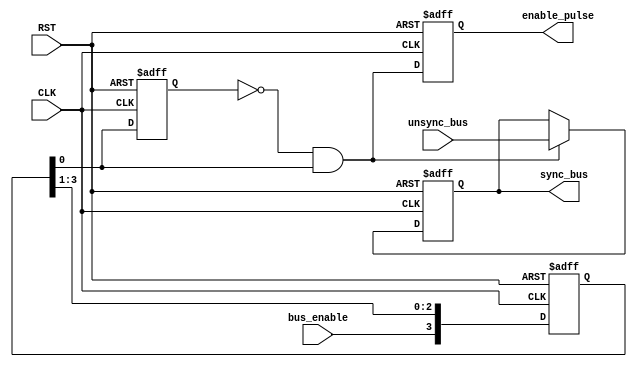

/////////////////////////////////////////////////////////////
///////////////////////// DATA_SYNC /////////////////////////
/////////////////////////////////////////////////////////////

module DATA_SYNC 
#(parameter BUS_WIDTH = 8, NUM_STAGES = 4) 
 (unsync_bus, bus_enable, CLK, RST, sync_bus, enable_pulse);
input  [BUS_WIDTH-1:0]  unsync_bus;
input                   bus_enable;
input                   CLK;
input                   RST;
output [BUS_WIDTH-1:0]  sync_bus;
output                  enable_pulse;

reg  [BUS_WIDTH-1:0] sync_bus;
reg                  enable_pulse;
reg [NUM_STAGES-1:0] Multi_ff;
reg                  Pulse_Gen_ff;

wire [BUS_WIDTH-1:0] Mux_out;
wire                 IN_and_0;
wire                 IN_and_1;
wire                 mux_sel;

assign IN_and_0 = ~ (Pulse_Gen_ff);
assign IN_and_1 = Multi_ff [0];
assign mux_sel  = (IN_and_0) & (IN_and_1);
assign Mux_out  = mux_sel ? unsync_bus:sync_bus;

integer i;

////////___Multi Flip Flop Stage___////////
always @ (posedge CLK or negedge RST)
begin
    if(!RST)
    begin
        for (i=0; i<NUM_STAGES; i=i+1)
        begin
             Multi_ff[i] <= 0;
        end
    end
    else
    begin
        Multi_ff [NUM_STAGES-1] <= bus_enable;
        for (i=NUM_STAGES; i>1; i=i-1)
        begin
            Multi_ff [i-2] <= Multi_ff [i-1];
        end
    end
end

always @ (posedge CLK or negedge RST)
begin
    if(!RST)
    begin
        Pulse_Gen_ff <= 0;
        enable_pulse <= 0;
        sync_bus     <= 0;
    end
    else
    begin
        Pulse_Gen_ff <= Multi_ff [0];
        enable_pulse <= mux_sel;
        sync_bus     <= Mux_out;
    end
end
endmodule